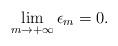
LaTeX: \begin{align*}\lim_{m\rightarrow+\infty} \epsilon_m= 0.\end{align*}